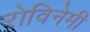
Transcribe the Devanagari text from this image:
रोविनेमी